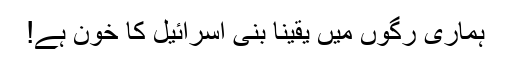
ہماری رگوں میں یقینا بنی اسرائیل کا خون ہے!